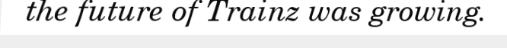
the future of Trainz was growing.